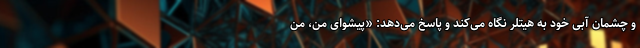
و چشمان آبی خود به هیتلر نگاه می‌کند و پاسخ می‌دهد: «پیشوای من، من